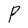
Character: P